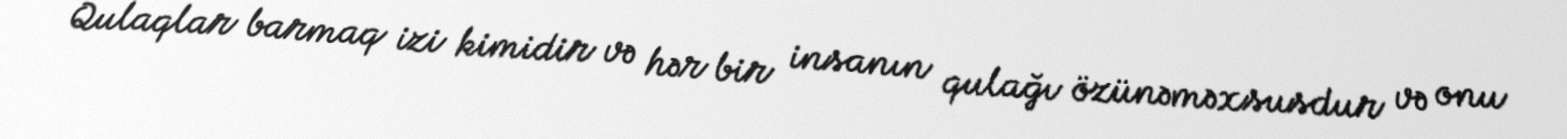
Qulaqlar barmaq izi kimidir və hər bir insanın qulağı özünəməxsusdur və onu